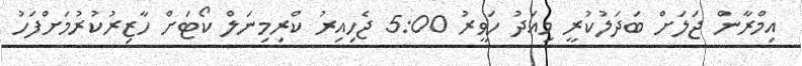
އިމްރާން ޖަލަށް ބަދަލުކުރީ މިއަދު ހަވީރު 5:00 ޖެހިއިރު ކްރިމިނަލް ކޯޓަށް ހާޒިރުކުރުމަށްފަހު